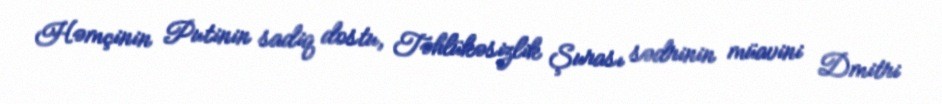
Həmçinin Putinin sadiq dostu, Təhlükəsizlik Şurası sədrinin müavini Dmitri